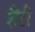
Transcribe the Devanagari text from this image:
शैंटी